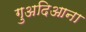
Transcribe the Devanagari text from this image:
गुअदिआना